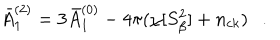
LaTeX: \bar { A } _ { 1 } ^ { ( 2 ) } = 3 \bar { A } _ { 1 } ^ { ( 0 ) } - 4 \pi ( \chi [ S _ { \beta } ^ { 2 } ] + n _ { c k } ) .